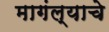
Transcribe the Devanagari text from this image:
मागंल्याचे